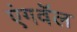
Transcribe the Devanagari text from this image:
एंगवॅल